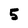
Character: 5